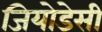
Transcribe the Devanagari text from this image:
जियोडेसी